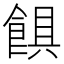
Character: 𩜃